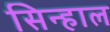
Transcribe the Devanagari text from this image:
सिन्हाल